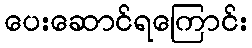
ပေးဆောင်ရကြောင်း